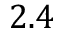
2 . 4